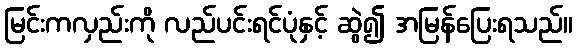
မြင်းကလှည်းကို လည်ပင်းရင်ပုံနှင့် ဆွဲ၍ အမြန်ပြေးရသည်။